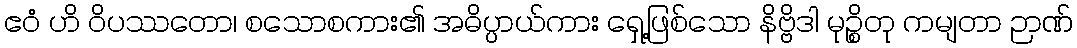
ဧဝံ ဟိ ဝိပဿတော၊ စသောစကား၏ အဓိပ္ပာယ်ကား ရှေ့ဖြစ်သော နိဗ္ဗိဒါ မုဉ္စိတု ကမျတာ ဉာဏ်